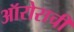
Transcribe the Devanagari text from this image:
ऑरोराची